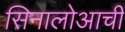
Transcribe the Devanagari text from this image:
सिनालोआची